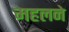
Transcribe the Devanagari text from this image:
महलने